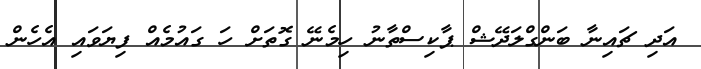
އަދި ޗައިނާ ބަންގްލަދޭޝް ޕާކިސްތާނު ހިމެނޭ ގޮތަށް ހަ ގައުމެއް ފިޔަވައި އެހެން